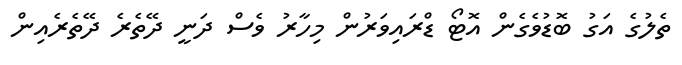
ތެލުގެ އަގު ބޮޑުވެގެން އޮޓޯ ޑްރައިވަރުން މިހާރު ވެސް ދަނީ ދޭތެރެ ދޭތެރެއިން